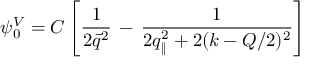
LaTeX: \psi _ { 0 } ^ { V } = { \cal C } \left[ \frac 1 { 2 \bar { q } ^ { 2 } } \, - \, \frac 1 { 2 q _ { \| } ^ { 2 } + 2 ( k - Q / 2 ) ^ { 2 } } \right]